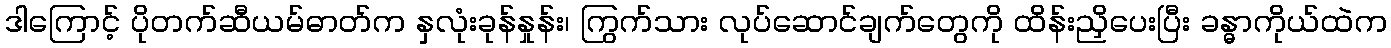
ဒါကြောင့် ပိုတက်ဆီယမ်ဓာတ်က နှလုံးခုန်နှုန်း၊ ကြွက်သား လုပ်ဆောင်ချက်တွေကို ထိန်းညှိပေးပြီး ခန္ဓာကိုယ်ထဲက